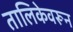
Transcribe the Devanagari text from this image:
तालिकेवरून